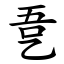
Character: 㐚